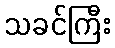
သခင်ကြီး